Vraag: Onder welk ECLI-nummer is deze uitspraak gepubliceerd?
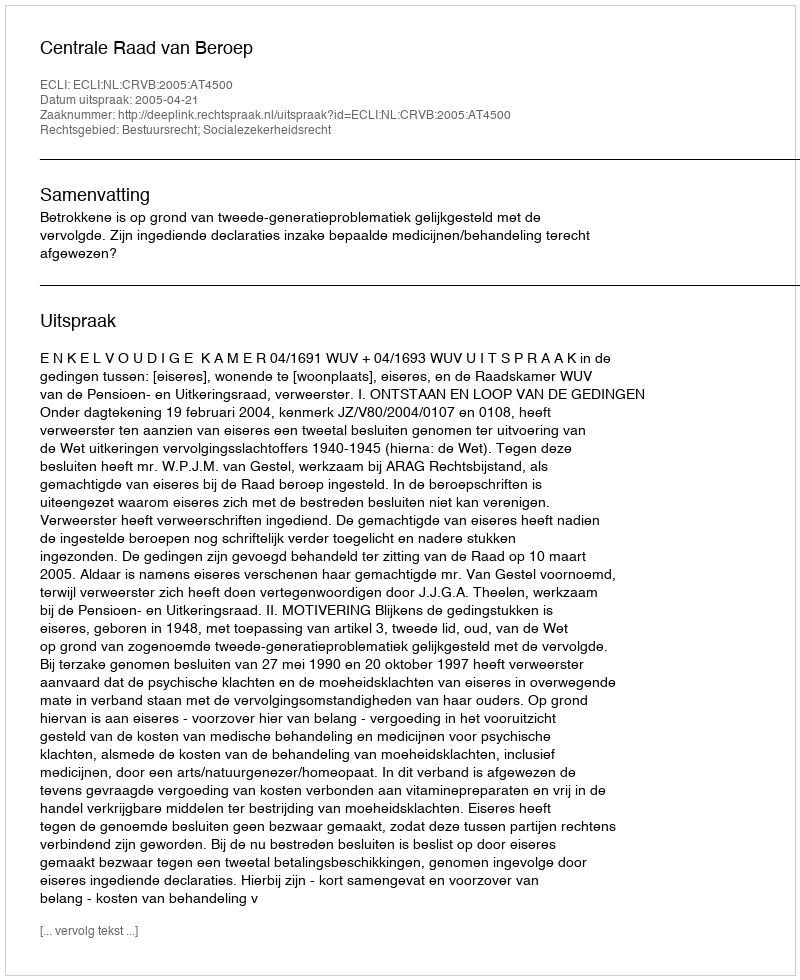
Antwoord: ECLI:NL:CRVB:2005:AT4500